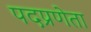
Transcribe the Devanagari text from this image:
पदप्रणेता